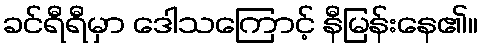
ခင်ရီရီမှာ ဒေါသကြောင့် နီမြန်းနေ၏။